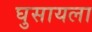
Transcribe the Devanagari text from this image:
घुसायला